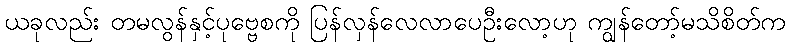
ယခုလည်း တမလွန်နှင့်ပုဗ္ဗေစကို ပြန်လှန်လေလာပေဦးလော့ဟု ကျွန်တော့်မသိစိတ်က